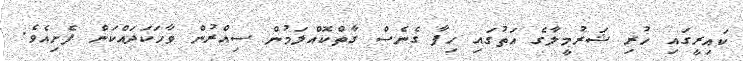
ކައިރީގައި ހުރި ޝަރުމީލާގެ އަތުގައި ހިފާ ގެނެސް ގާތްކޮއްލަމުން ސިއްރުން ވާހަކަދައްކަން ފެށިއެވެ.